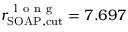
r _ { \mathrm { S O A P , c u t } } ^ { \mathrm { ~ l ~ o ~ n ~ g ~ } } = 7 . 6 9 7